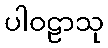
ပါဝဠာသု